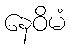
နေဝိမံ